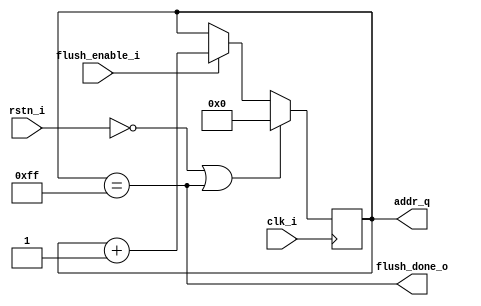
module cleaning_module (
	clk_i,
	rstn_i,
	flush_enable_i,
	flush_done_o,
	addr_q
);
	input wire clk_i;
	input wire rstn_i;
	input wire flush_enable_i;
	output wire flush_done_o;
	localparam [31:0] drac_icache_pkg_ICACHE_DEPTH = 256;
	localparam [31:0] drac_icache_pkg_ADDR_WIDHT = 8;
	output reg [7:0] addr_q;
	wire [31:0] depth;
	wire [7:0] addr_d;
	assign depth = 255;
	assign addr_d = (flush_enable_i ? addr_q + 1'b1 : addr_q);
	assign flush_done_o = addr_q == depth[7:0];
	always @(posedge clk_i)
		if (!rstn_i || flush_done_o)
			addr_q <= 1'sb0;
		else
			addr_q <= addr_d;
endmodule